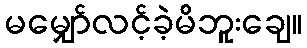
မမျှော်လင့်ခဲ့မိဘူးချေ။